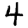
Digit: 4